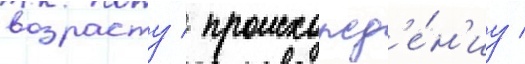
возрасту / происхожд'е́н'иу /